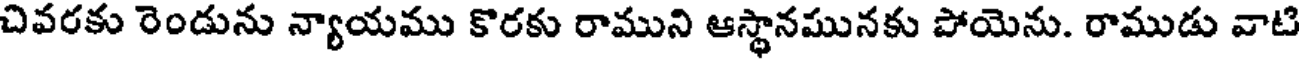
చివరకు రెండును న్యాయము కొరకు రాముని ఆస్థానమునకు పోయెను. రాముడు వాటి